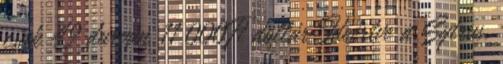
csak 49 durván 11 000Ft dollár Ideértve a Sytrus,